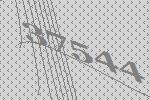
37544